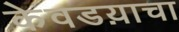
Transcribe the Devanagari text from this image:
केवडय़ाचा